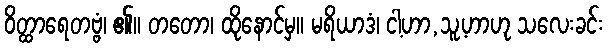
ဝိတ္ထာရေတဗ္ဗံ၊ ၏။ တတော၊ ထိုနောင်မှ။ မရိယာဒံ၊ ငါ့ဟာ,သူ့ဟာဟု သလေးခင်း